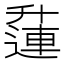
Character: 𨖲